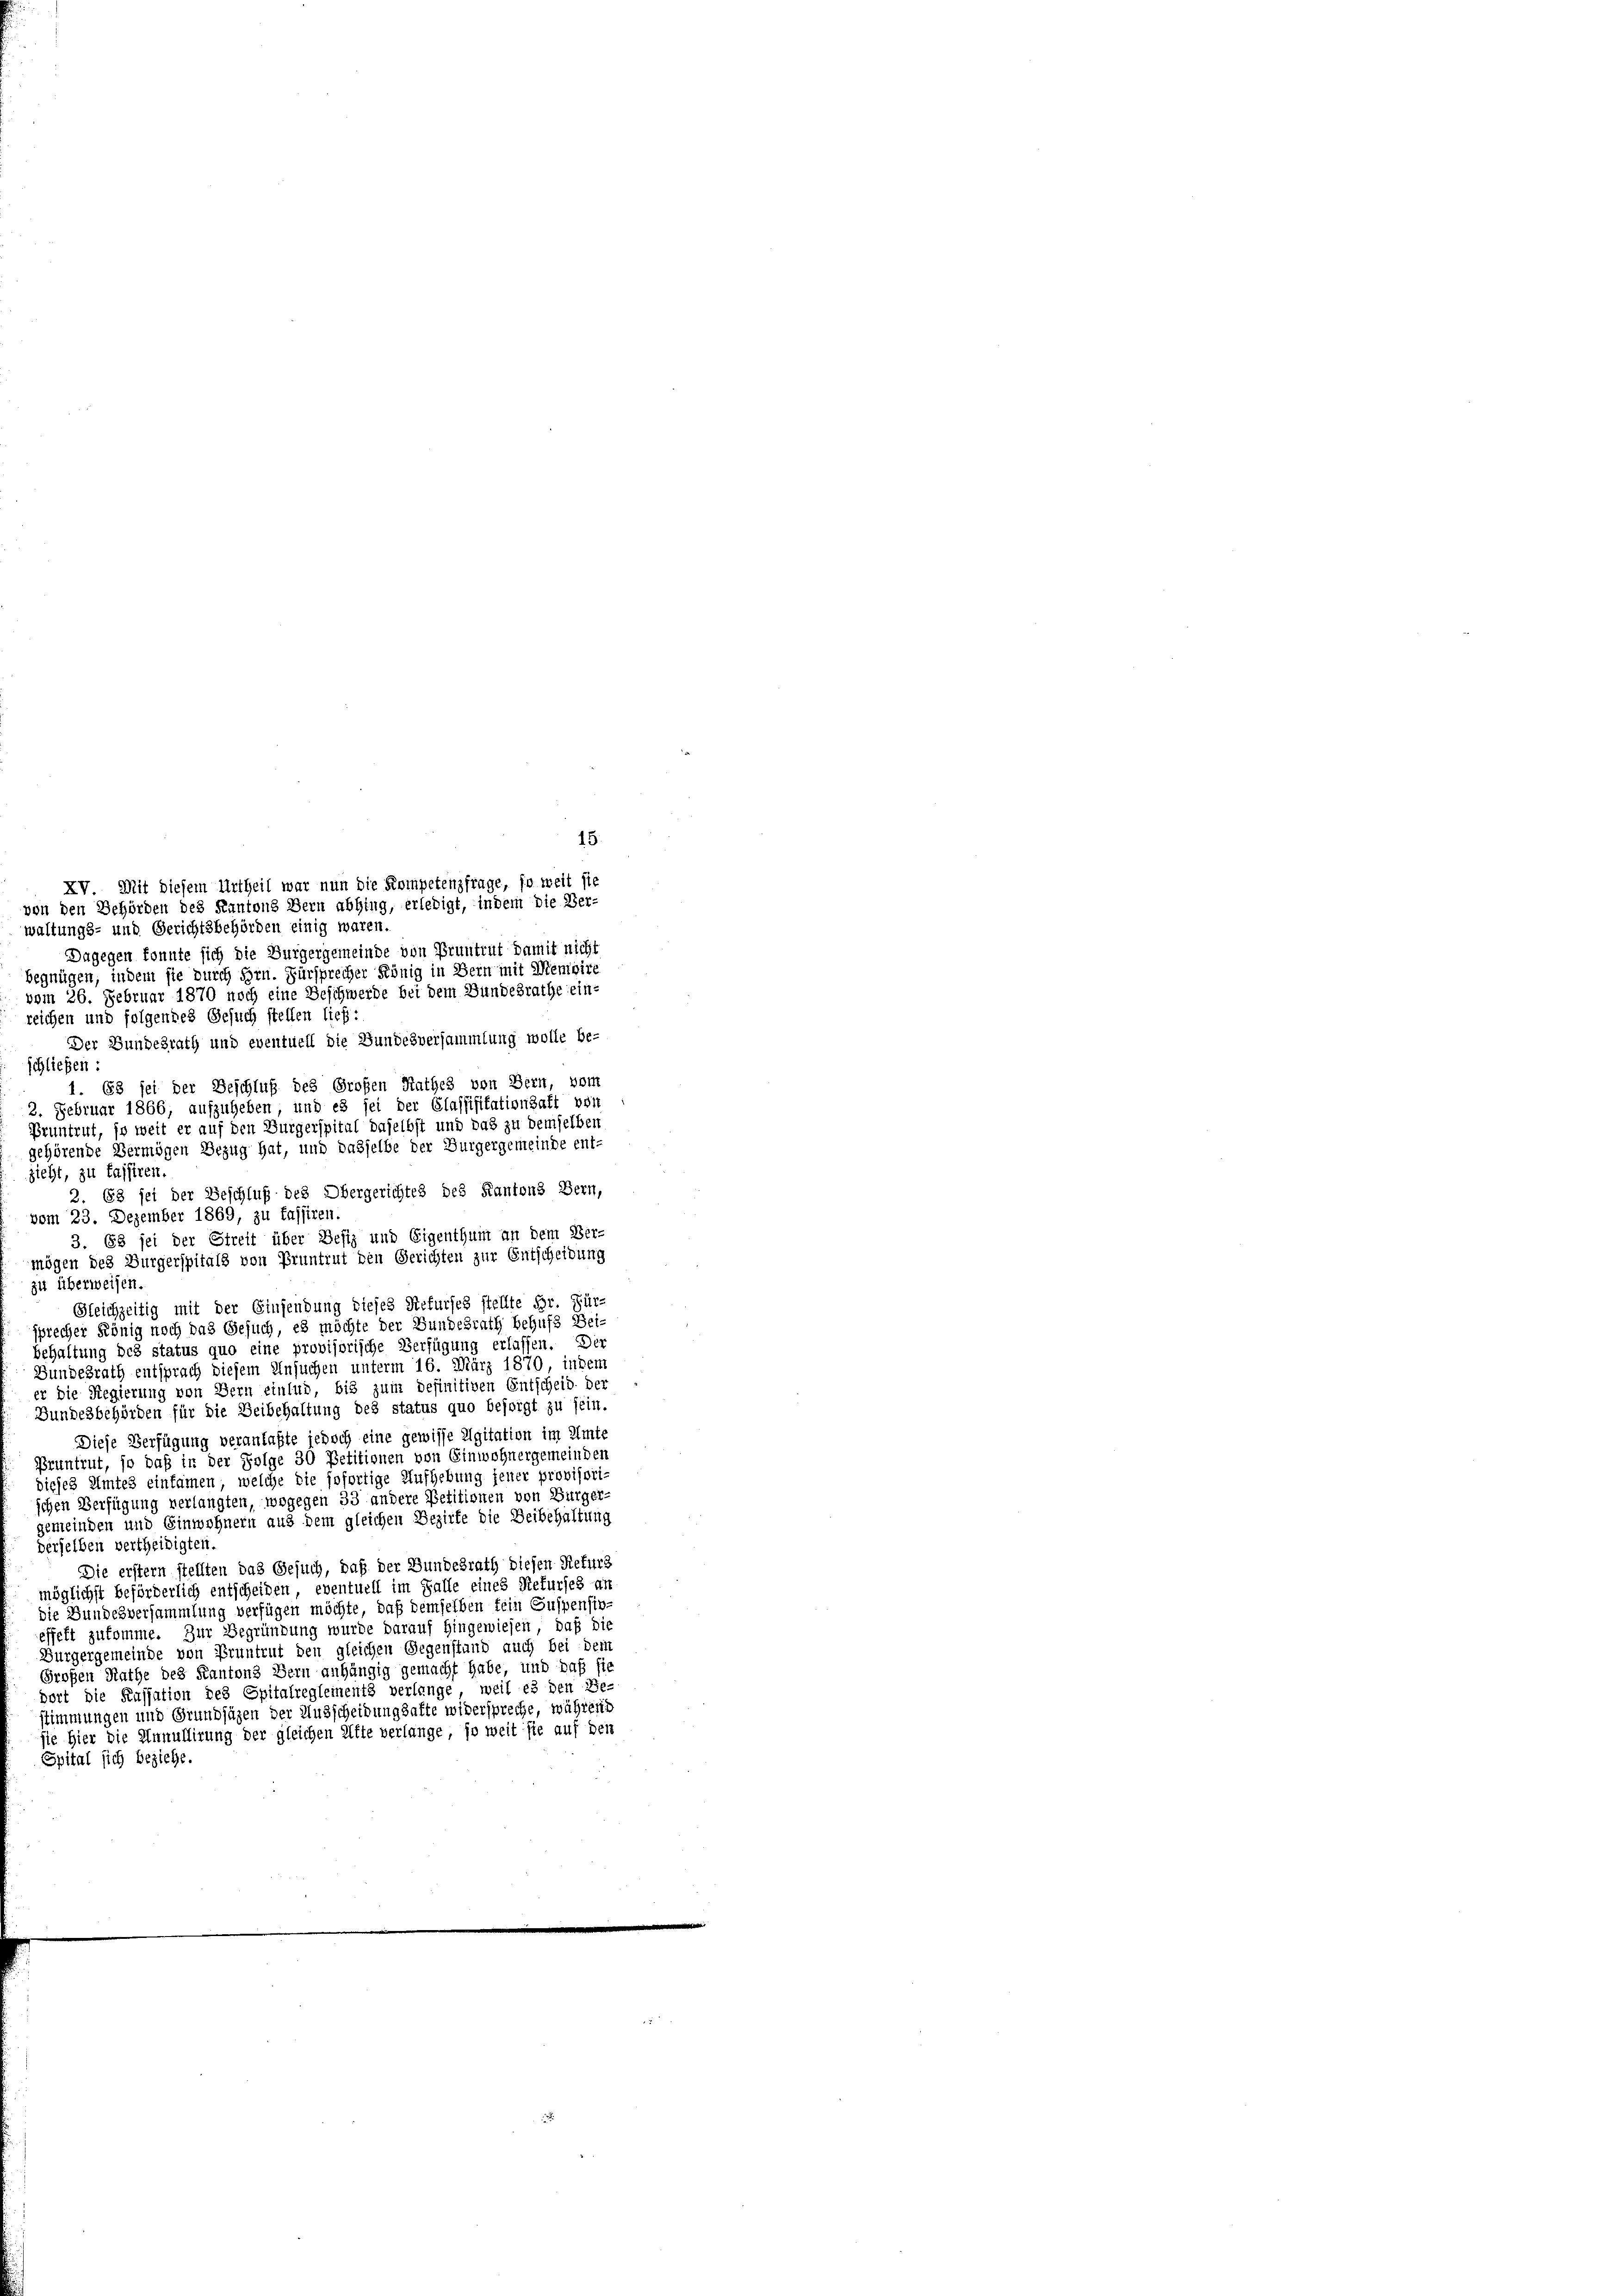
waltungs- und Gerichtsbehörden einig waren.
Dagegen konnte sich die Burgergemeinde von Pruntrut damit nicht
begnügen, indem sie durch Hrn. Fürsprecher König in Bern mit Memoire
vom 26. Februar 1870 noch eine Beschwerde bei dem Bundesrathe ein-
reichen und folgendes Gesuch stellen lief:
Der Bundesrath und eventuell die Bundesversammlung wolle be-
schließen:
1. 63 sei der Beschluß des Großen Rathes von Bern, vom
2. Februar 1866, aufzuheben, und es sei der Classisitationsaft vor
Pruntrut, so weit er auf den Burgerspitul daselbst und das zu demselben
gehörende Vermögen Bezug hat, und dasselbe der Burgergemeinde ent-
zieht, zu fassiren.
2. 63 sei der Geschluß des Obergerichtes des Kantons Bern,
vom 23. Dezember 1869, zu fassiren.
3. Es sei der Streit über Defiz und Eigenthum an dem Ver-
mögen des Burgerspitals von Pruntrut den Gerichten zur Entscheibung
zu überweisen.
Gleichzeitig mit der Einsendung dieses Refurses stellte Hr. Für-
sprecher König noch das Gesuch, es möchte der Bundesrath behufs Bei-
behaltung des status quo eine provisorische Verfügung erlassen. Der
Bundesrath entsprach diesem Ansuchen unterm 16. März 1870, indem
er die Regierung von Bern einlud, bis zum definitiven Entscheid der
Bundesbehörden für die Beibehaltung des status quo besorgt zu sein.
Diese Verfügung veranlaßte jedoch eine gewisse Eigitation im Amte
Pruntrut, so daß in der Folge 30 Petitionen von Einwohnergemeinden
dieses Amtes einfamen, welche die sofortige Aufhebung jener provisorischen Verfügung verlangten, wogegen 33 andere Petitionen von Bürger-
gemeinden und Einwohnern aus dem gleichen Bezirke die Beibehaltung
derselben vertheidigten.
Die erstern stellten das Gesuch, daß der Bundesrath diesen Refurs
möglichst beförderlich entscheiden, eventuell im Falle eines Rekurses un
die Bundesversammlung verfügen möchte, daß demselben fein Suspensin-
effekt zukomme. Zur Begründung wurde darauf hingewiesen, daß die
Bürgergemeinde von Pruntrut den gleichen Gegenstand auch bei dem
Großen Rathe des Kantons Bern anhängig gemacht habe, und daß sie
dort die Kussation des Spitalregleinents verlange, weil es den Be-
stimmungen und Grundsäzen der Ausscheidungsafte widerspreche, während
sie hier die Annullirung der gleichen Atte verlange, so weit sie auf den
Spital sich beziehe.

15.
XV Mit diesem Urtheil war nun die Kompetenzfrage, so weit sie
von den Behörden des Kantons Bern abhing, erledigt, indem die Ver-